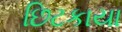
છિટકાયા